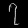
Digit: ၇